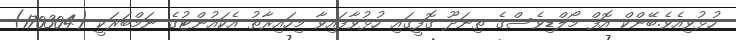
ހުޅުވިއެވެ.ބޭންކް އޮފް މޯލްޑިވެސްގެ ތިނަދޫ ގޮފީގައި ހުޅުވާފައިވާ މިހައިރާތު އެކައުންޓުގެ ނަމްބަރަކީ (170304)